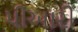
પીઆરી